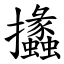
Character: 攭